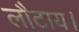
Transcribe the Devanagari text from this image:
लौटाय।